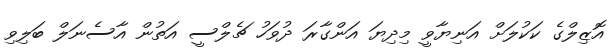
އޮޒިލްގެ ކަކުލަށް އަނިޔާވީ މިދިޔަ އަންގާރަ ދުވަހު ޗެލްސީ އަތުން އާސެނަލް ބަލިވި